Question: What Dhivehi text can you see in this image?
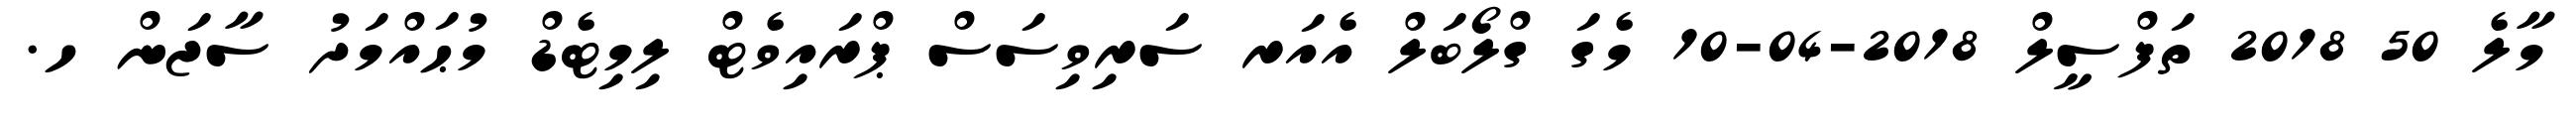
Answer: މާލެ 50 2018 ތަފްސީލް 2018-04-10 މެގަ ގްލޯބަލް އެއަރ ސަރިވިސަސް ޕްރައިވެޓް ލިމިޓެޑް މުޙައްމަދު ސާޖަން ހ.